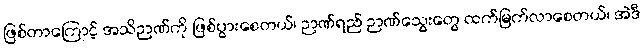
ဖြစ်တာကြောင့် အသိဉာဏ်ကို ဖြစ်ပွားစေတယ်၊ ဉာဏ်ရည် ဉာဏ်သွေးတွေ ထက်မြက်လာစေတယ်၊ အဲဒီ